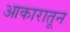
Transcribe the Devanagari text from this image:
आकारातून